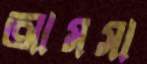
আমসা